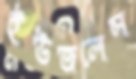
ইউজলেস